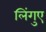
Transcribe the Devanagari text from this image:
लिंगुए